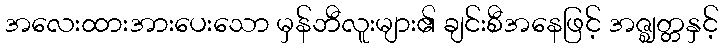
အလေးထားအားပေးသော မှန်ဘီလူးများ၏ ချင်းစီအနေဖြင့် အဇ္ဈတ္တနှင့်